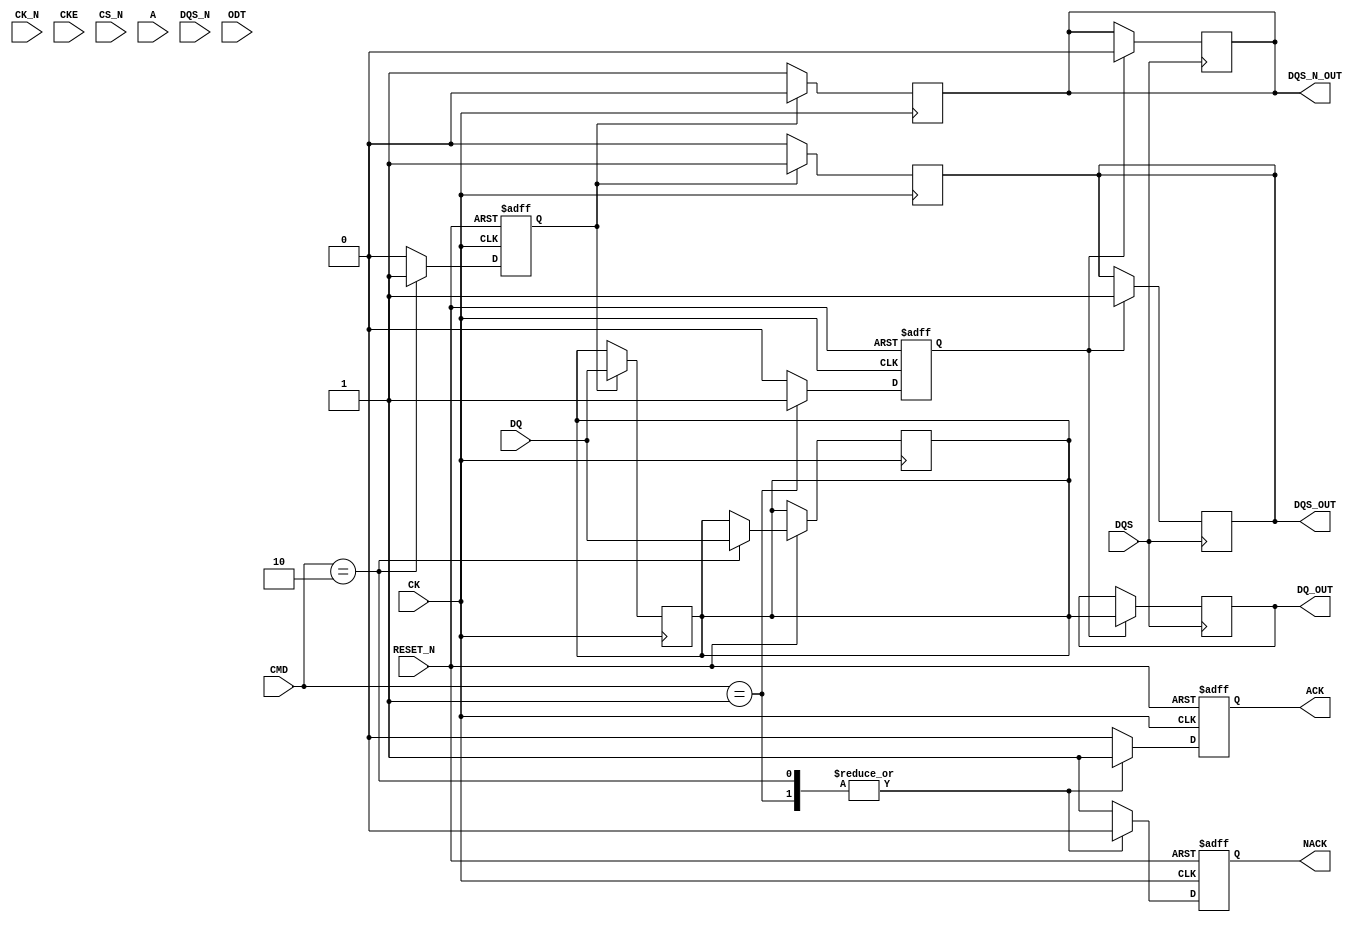
module gddr_io_block #(
    parameter DATA_WIDTH = 32, // Configurable data bus width (16, 32, 64)
    parameter ADDR_WIDTH = 16   // Address width (example)
)(
    // Input Signals
    input wire CK,               // Clock
    input wire CK_N,             // Inverted Clock
    input wire CKE,              // Clock Enable
    input wire CS_N,             // Chip Select
    input wire [ADDR_WIDTH-1:0] A, // Address
    input wire [3:0] CMD,        // Command
    input wire [DATA_WIDTH-1:0] DQ, // Data Input
    input wire DQS,              // Data Strobe
    input wire DQS_N,            // Inverted Data Strobe
    input wire ODT,              // On-Die Termination
    input wire RESET_N,          // Asynchronous Reset

    // Output Signals
    output reg [DATA_WIDTH-1:0] DQ_OUT, // Data Output
    output reg DQS_OUT,          // Data Strobe Output
    output reg DQS_N_OUT,        // Inverted Data Strobe Output
    output reg ACK,              // Acknowledge signal
    output reg NACK              // Negative Acknowledge signal
);

// Internal signals
reg [DATA_WIDTH-1:0] data_buffer; // Buffer for data
reg [3:0] cmd_reg;                 // Register for command
reg [ADDR_WIDTH-1:0] addr_reg;     // Register for address
reg power_state;                   // Power state
reg read_enable;                   // Read enable signal
reg write_enable;                  // Write enable signal

// Power Management Logic
always @(posedge CK or negedge RESET_N) begin
    if (!RESET_N) begin
        power_state <= 1'b0; // Active state
    end else if (CKE) begin
        power_state <= 1'b1; // Low-power state
    end
end

// Control Logic
always @(posedge CK or negedge RESET_N) begin
    if (!RESET_N) begin
        cmd_reg <= 4'b0;
        addr_reg <= {ADDR_WIDTH{1'b0}};
        read_enable <= 1'b0;
        write_enable <= 1'b0;
        ACK <= 1'b0;
        NACK <= 1'b0;
    end else begin
        cmd_reg <= CMD;
        addr_reg <= A;

        case (CMD)
            4'b0001: begin // Read command
                read_enable <= 1'b1;
                write_enable <= 1'b0;
                ACK <= 1'b1;
                NACK <= 1'b0;
            end
            4'b0010: begin // Write command
                read_enable <= 1'b0;
                write_enable <= 1'b1;
                data_buffer <= DQ; // Store incoming data
                ACK <= 1'b1;
                NACK <= 1'b0;
            end
            default: begin
                read_enable <= 1'b0;
                write_enable <= 1'b0;
                ACK <= 1'b0;
                NACK <= 1'b1;
            end
        endcase
    end
end

// Read Path Logic
always @(posedge DQS) begin
    if (read_enable) begin
        DQ_OUT <= data_buffer; // Output buffered data
        DQS_OUT <= 1'b1; // Enable DQS
        DQS_N_OUT <= 1'b0; // Enable inverted DQS
    end
end

// Write Path Logic
always @(posedge CK) begin
    if (write_enable) begin
        data_buffer <= DQ; // Buffer incoming data
        DQS_OUT <= 1'b1; // Enable DQS
        DQS_N_OUT <= 1'b0; // Enable inverted DQS
    end else begin
        DQS_OUT <= 1'b0; // Disable DQS
        DQS_N_OUT <= 1'b1; // Disable inverted DQS
    end
end

endmodule